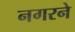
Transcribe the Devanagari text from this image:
नगरने